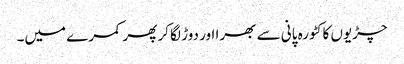
چڑیوں کا کٹورہ پانی سے بھرا اور دوڑ لگا کر پھر کمرے میں۔